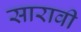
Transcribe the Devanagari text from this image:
सारावी